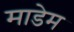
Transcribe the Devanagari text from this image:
माडेम